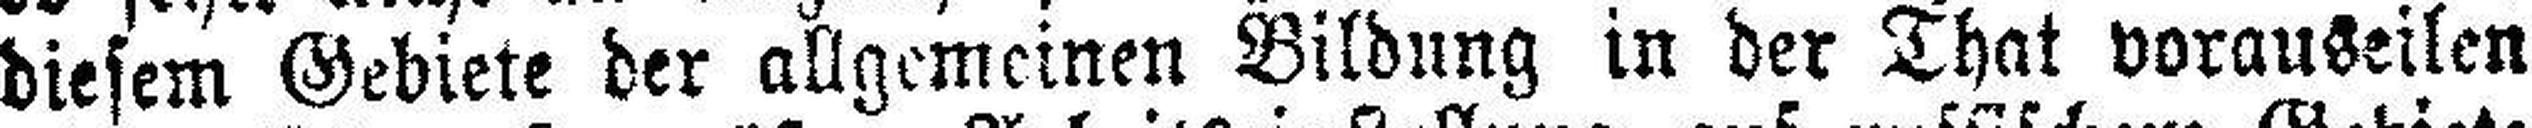
diesem Gebiete der allgemeinen Bildung in der That vorauseilen